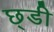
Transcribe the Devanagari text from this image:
छ्डी